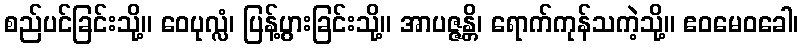
စည်ပင်ခြင်းသို့။ ဝေပုလ္လံ၊ ပြန့်ပွားခြင်းသို့။ အာပဇ္ဇန္တိ၊ ရောက်ကုန်သကဲ့သို့။ ဧဝမေဝခေါ၊